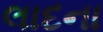
લાદના